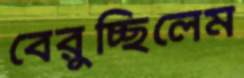
বেরুচ্ছিলেম